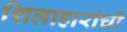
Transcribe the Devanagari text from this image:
शिलाहारांची